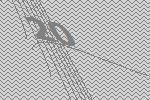
20